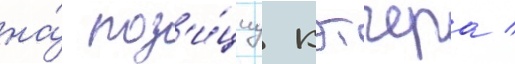
на́ поз'и́циу кэтчера /